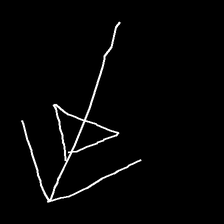
Glyph: pull